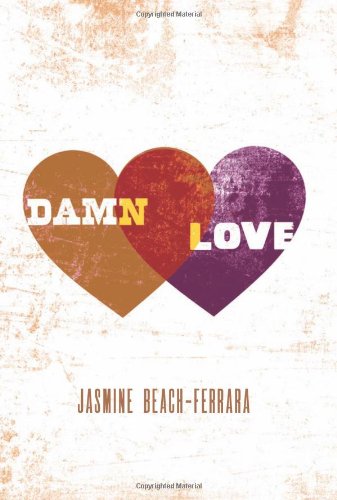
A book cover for Damn Love; Jasmine Beach-Ferrara; Religion & Spirituality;